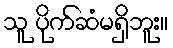
သူ ပိုက်ဆံမရှိဘူး။